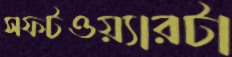
সফটওয়্যারটা